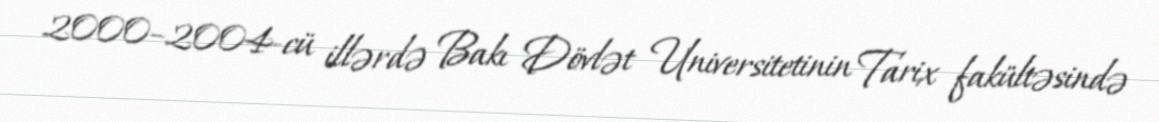
2000–2004-cü illərdə Bakı Dövlət Universitetinin Tarix fakültəsində